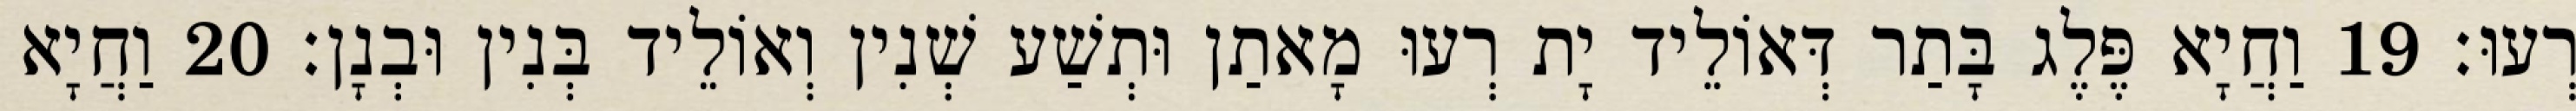
רְעוּ׃ 19 וַחֲיָא פֶּלֶג בָּתַר דְּאוֹלֵיד יָת רְעוּ מָאתַן וּתְשַׁע שְׁנִין וְאוֹלֵיד בְּנִין וּבְנָן׃ 20 וַחֲיָא